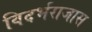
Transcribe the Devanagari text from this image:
विदर्भराजास